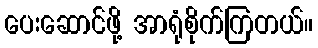
ပေးဆောင်ဖို့ အာရုံစိုက်ကြတယ်။